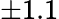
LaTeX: \pm 1.1